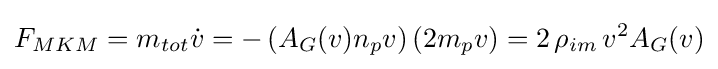
F_{MKM}=m_{tot}{\dot {v}}=-\left(A_{G}(v)n_{p}v\right)(2m_{p}v)=2\,\rho _{im}\,v^{2}A_{G}(v)